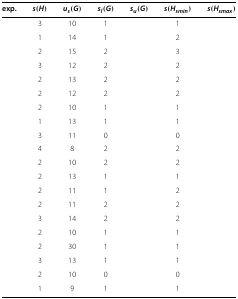
<table><thead><tr><td><b>exp.</b></td><td><b><i>s</i>(<i>H </i>)</b></td><td><b><i>u</i><sub><i>s</i></sub>(<i>G </i>)</b></td><td><b><i>s</i><sub><i>l</i></sub>(<i>G </i>)</b></td><td><b><i>s</i><sub><i>u</i></sub>(<i>G </i>)</b></td><td><b><i>s</i>(<i>H</i><sub><i>s </i><i>m </i><i>i </i><i>n</i></sub>)</b></td><td><b><i>s</i>(<i>H</i><sub><i>s </i><i>m </i><i>a </i><i>x</i></sub>)</b></td></tr></thead><tbody><tr><td>[EMPTY_CELL]</td><td>3</td><td>10</td><td>1</td><td>[EMPTY_CELL]</td><td>1</td><td>[EMPTY_CELL]</td></tr><tr><td>[EMPTY_CELL]</td><td>1</td><td>14</td><td>1</td><td>[EMPTY_CELL]</td><td>2</td><td>[EMPTY_CELL]</td></tr><tr><td>[EMPTY_CELL]</td><td>2</td><td>15</td><td>2</td><td>[EMPTY_CELL]</td><td>3</td><td>[EMPTY_CELL]</td></tr><tr><td>[EMPTY_CELL]</td><td>3</td><td>12</td><td>2</td><td>[EMPTY_CELL]</td><td>2</td><td>[EMPTY_CELL]</td></tr><tr><td>[EMPTY_CELL]</td><td>2</td><td>13</td><td>2</td><td>[EMPTY_CELL]</td><td>2</td><td>[EMPTY_CELL]</td></tr><tr><td>[EMPTY_CELL]</td><td>2</td><td>12</td><td>2</td><td>[EMPTY_CELL]</td><td>2</td><td>[EMPTY_CELL]</td></tr><tr><td>[EMPTY_CELL]</td><td>2</td><td>10</td><td>1</td><td>[EMPTY_CELL]</td><td>1</td><td>[EMPTY_CELL]</td></tr><tr><td>[EMPTY_CELL]</td><td>1</td><td>13</td><td>1</td><td>[EMPTY_CELL]</td><td>1</td><td>[EMPTY_CELL]</td></tr><tr><td>[EMPTY_CELL]</td><td>3</td><td>11</td><td>0</td><td>[EMPTY_CELL]</td><td>0</td><td>[EMPTY_CELL]</td></tr><tr><td>[EMPTY_CELL]</td><td>4</td><td>8</td><td>2</td><td>[EMPTY_CELL]</td><td>2</td><td>[EMPTY_CELL]</td></tr><tr><td>[EMPTY_CELL]</td><td>2</td><td>10</td><td>2</td><td>[EMPTY_CELL]</td><td>2</td><td>[EMPTY_CELL]</td></tr><tr><td>[EMPTY_CELL]</td><td>2</td><td>13</td><td>1</td><td>[EMPTY_CELL]</td><td>1</td><td>[EMPTY_CELL]</td></tr><tr><td>[EMPTY_CELL]</td><td>2</td><td>11</td><td>1</td><td>[EMPTY_CELL]</td><td>2</td><td>[EMPTY_CELL]</td></tr><tr><td>[EMPTY_CELL]</td><td>2</td><td>11</td><td>2</td><td>[EMPTY_CELL]</td><td>2</td><td>[EMPTY_CELL]</td></tr><tr><td>[EMPTY_CELL]</td><td>3</td><td>14</td><td>2</td><td>[EMPTY_CELL]</td><td>2</td><td>[EMPTY_CELL]</td></tr><tr><td>[EMPTY_CELL]</td><td>2</td><td>10</td><td>1</td><td>[EMPTY_CELL]</td><td>1</td><td>[EMPTY_CELL]</td></tr><tr><td>[EMPTY_CELL]</td><td>2</td><td>30</td><td>1</td><td>[EMPTY_CELL]</td><td>1</td><td>[EMPTY_CELL]</td></tr><tr><td>[EMPTY_CELL]</td><td>3</td><td>13</td><td>1</td><td>[EMPTY_CELL]</td><td>1</td><td>[EMPTY_CELL]</td></tr><tr><td>[EMPTY_CELL]</td><td>2</td><td>10</td><td>0</td><td>[EMPTY_CELL]</td><td>0</td><td>[EMPTY_CELL]</td></tr><tr><td>[EMPTY_CELL]</td><td>1</td><td>9</td><td>1</td><td>[EMPTY_CELL]</td><td>1</td><td>[EMPTY_CELL]</td></tr></tbody></table>